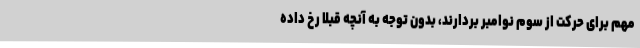
مهم برای حرکت از سوم نوامبر بردارند، بدون توجه به آنچه قبلا رخ داده